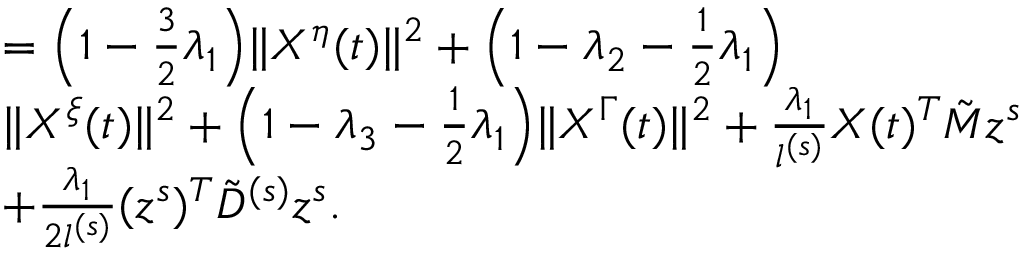
\begin{array} { r l } & { = \Big ( 1 - \frac 3 2 \lambda _ { 1 } \Big ) \| X ^ { \eta } ( t ) \| ^ { 2 } + \Big ( 1 - \lambda _ { 2 } - \frac 1 2 \lambda _ { 1 } \Big ) } \\ & { \| X ^ { \xi } ( t ) \| ^ { 2 } + \Big ( 1 - \lambda _ { 3 } - \frac 1 2 \lambda _ { 1 } \Big ) \| X ^ { \Gamma } ( t ) \| ^ { 2 } + \frac { \lambda _ { 1 } } { l ^ { ( s ) } } X ( t ) ^ { T } \tilde { M } z ^ { s } } \\ & { + \frac { \lambda _ { 1 } } { 2 l ^ { ( s ) } } ( z ^ { s } ) ^ { T } \tilde { D } ^ { ( s ) } z ^ { s } . } \end{array}